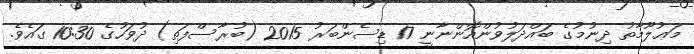
މަޢުލޫމާތު ދިނުމުގެ ބައްދަލުވުންއޮންނާނީ 17 ޑިސެންބަރު 2015 (ބުރާސްފަތި) ދުވަހުގެ 10:30 ގައެވެ.